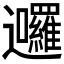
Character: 𮟩